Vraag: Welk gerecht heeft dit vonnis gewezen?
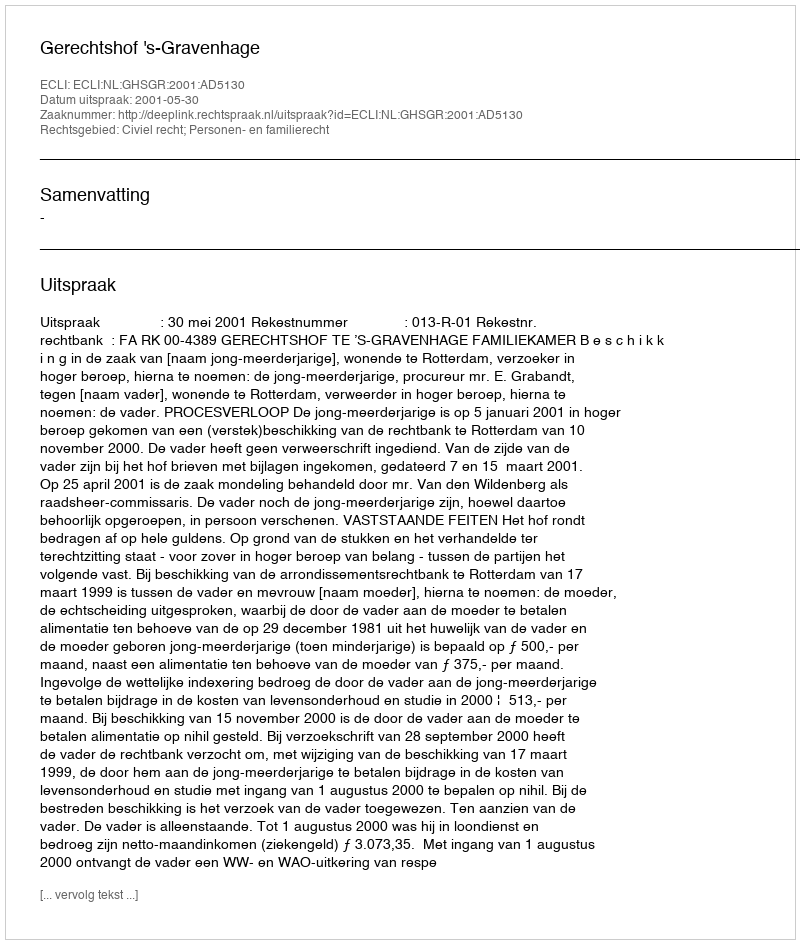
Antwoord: Gerechtshof 's-Gravenhage